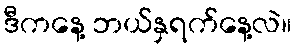
ဒီကနေ့ ဘယ်နှရက်နေ့လဲ။